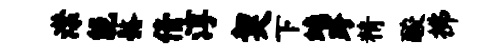
潸能髂倩淳契下螭跨精酸拂